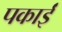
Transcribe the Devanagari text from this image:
पकाईं